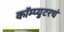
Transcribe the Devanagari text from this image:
कॉम्प्युटरचं